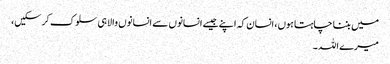
میں بننا چاہتا ہوں، انسان کہ اپنے جیسے انسانوں سے انسانوں والا ہی سلوک کر سکیں،
میرے اللہ ۔